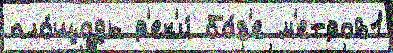
пло́щадь р'ек'и́ ба́з'е м'етров1